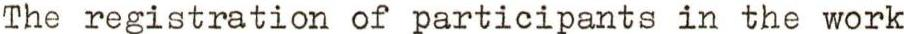
The registration of participants in the work